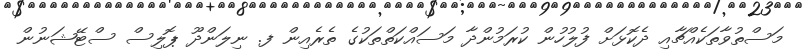
މަސްތުވާތަކެއްޗާއި ދެކޮޅަށް ފުލުހުން ކުރަމުންދާ މަސައްކަތްތަކުގެ ތެރެއިން ފ. ނިލަންދޫ ޕޮލިސް ސްޓޭޝަނުން